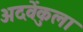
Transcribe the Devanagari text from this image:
अदवेंकुला